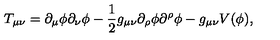
T _ { \mu \nu } = \partial _ { \mu } \phi \partial _ { \nu } \phi - \frac { 1 } { 2 } g _ { \mu \nu } \partial _ { \rho } \phi \partial ^ { \rho } \phi - g _ { \mu \nu } V ( \phi ) ,